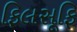
ફિલસૂફિ